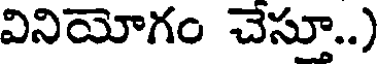
వినియోగం చెసూ..)